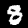
Label: 8